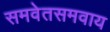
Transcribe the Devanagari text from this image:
समवेतसमवाय